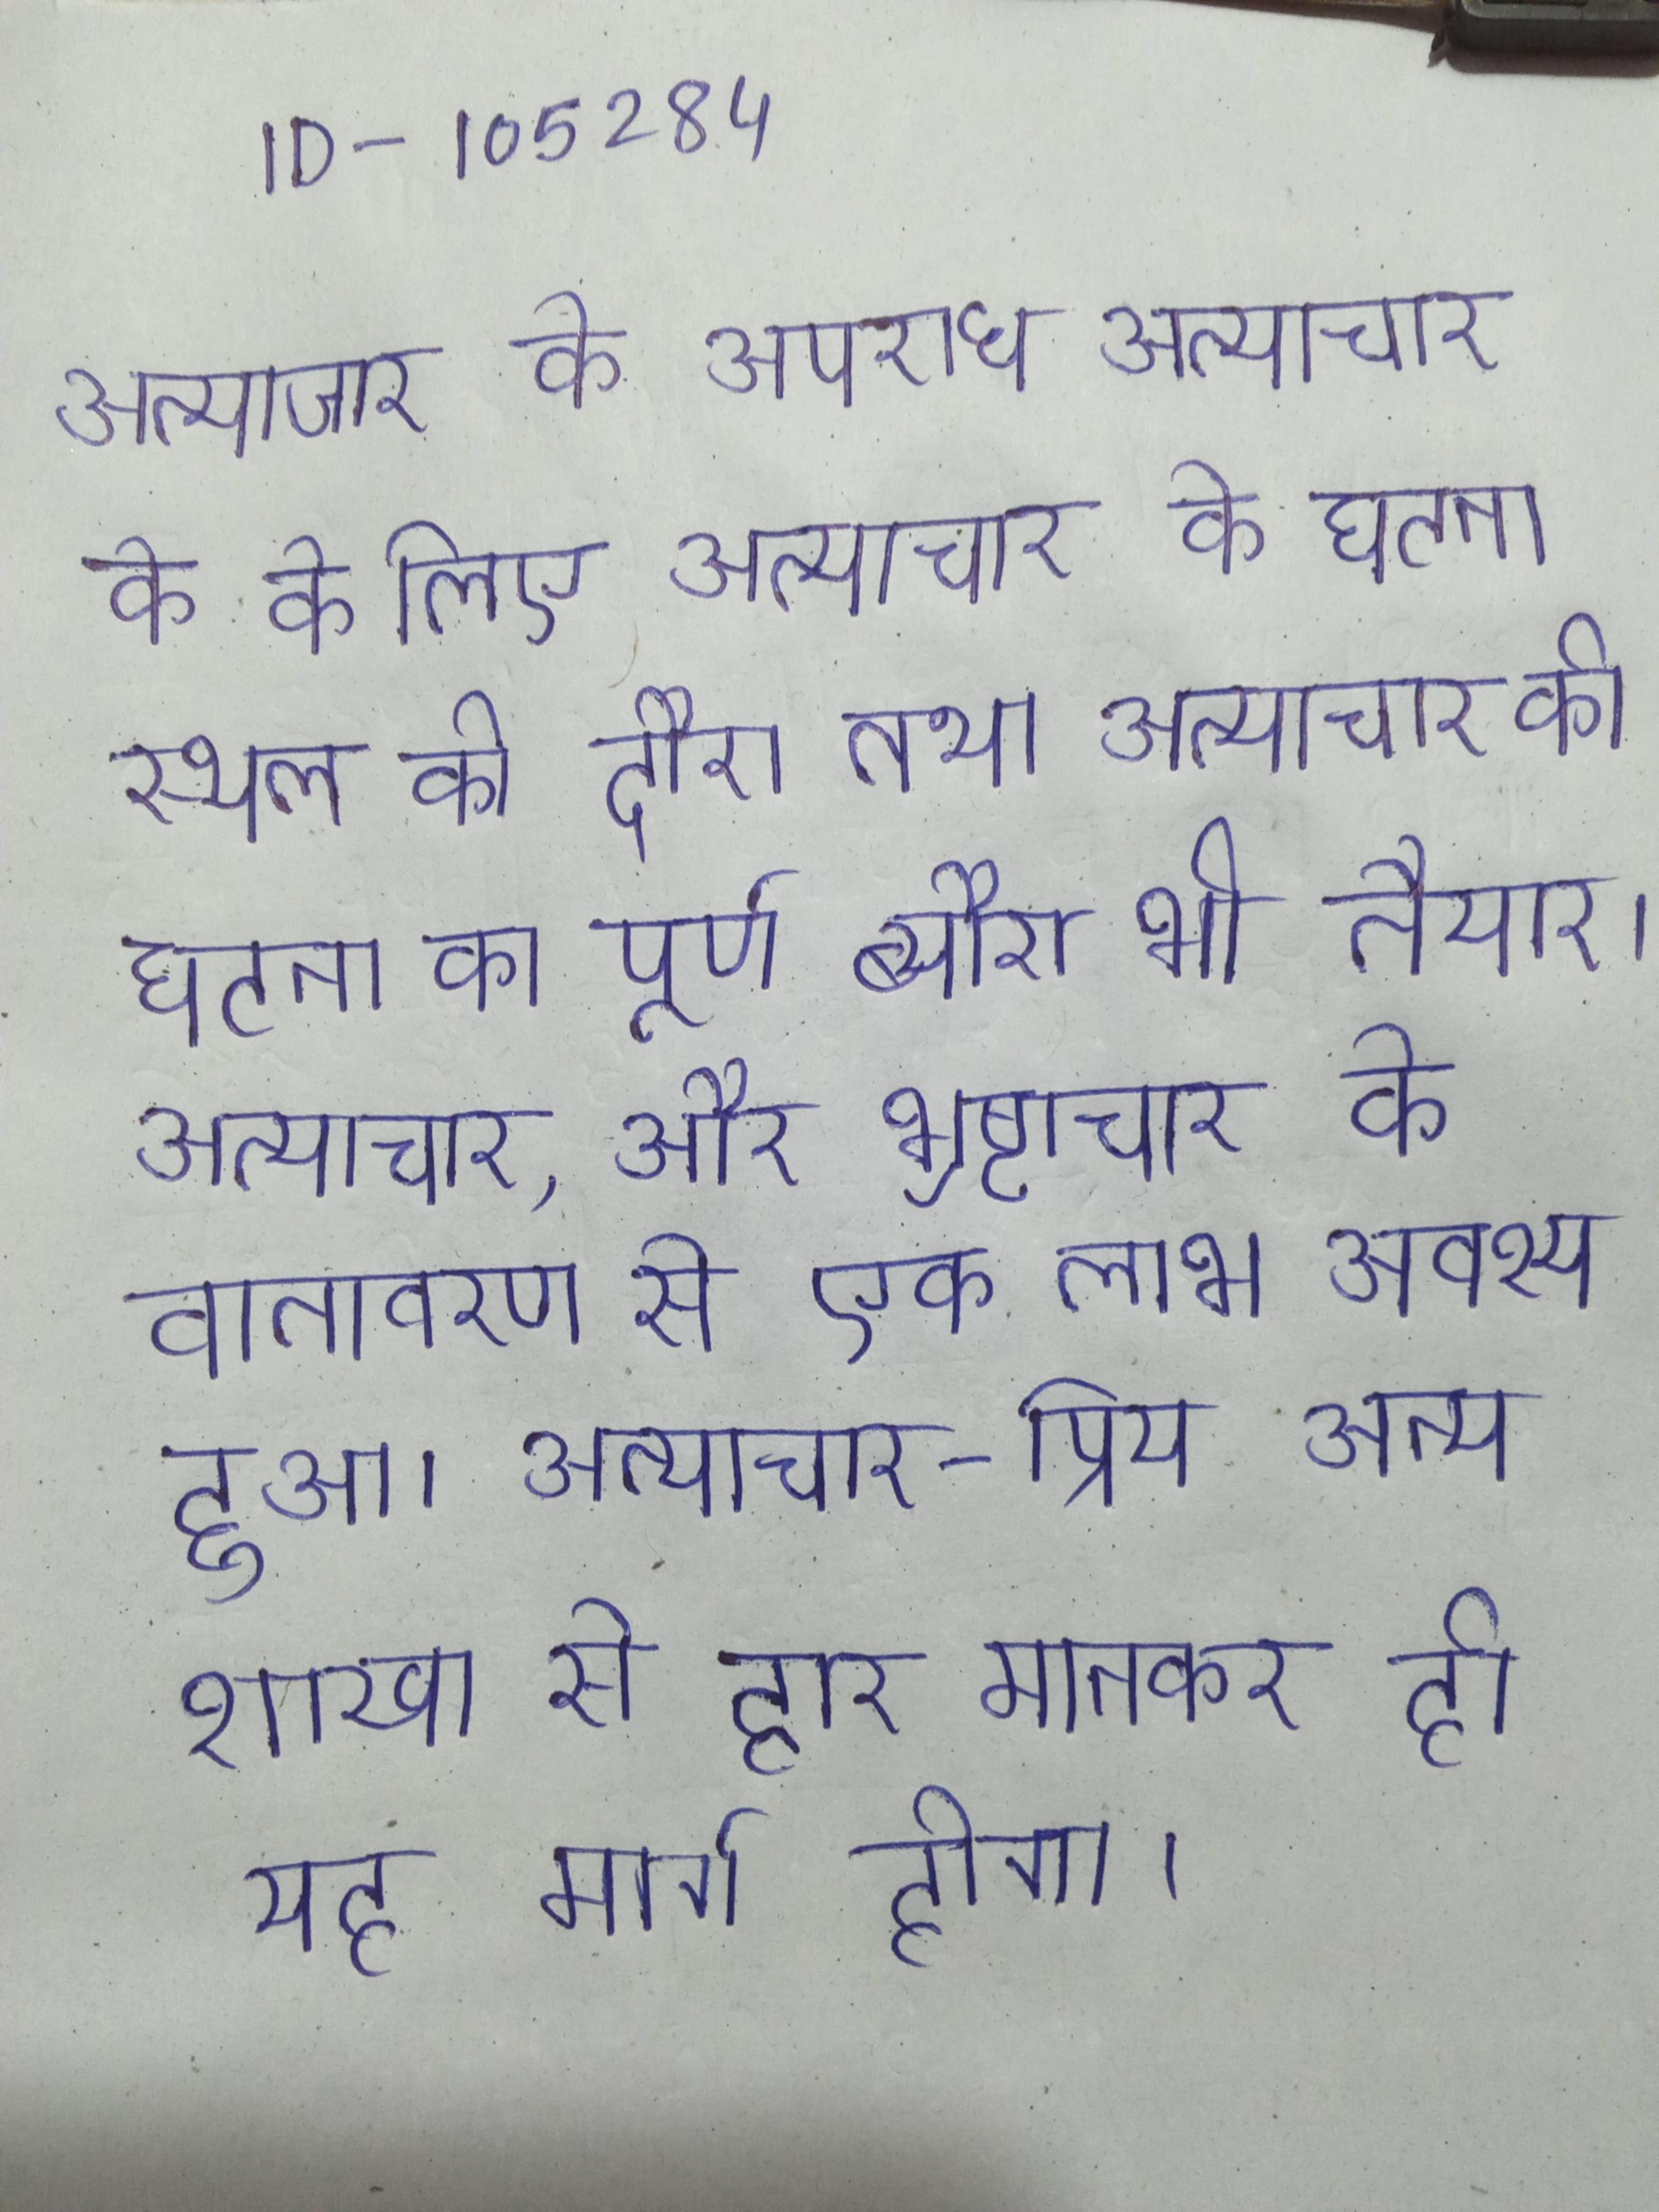
अत्याचार के अपराध अत्याचार के के लिए अत्याचार के घटना स्थल की दौरा तथा अत्याचार की घटना का पूर्ण ब्यौरा भी तैयार । अत्याचार, और भ्रष्टाचार के वातावरण से एक लाभ अवश्य हुआ । अत्याचार-प्रिय अन्य शाखा से हार मानकर ही यह मार्ग होगा ।